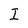
Character: I